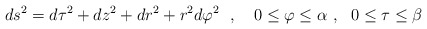
\begin{align*}ds^2=d\tau ^2+dz^2+dr^2+r^2d\varphi ^2~~,~~~0\leq\varphi \leq\alpha~,~~0\leq\tau\leq\beta~~~\end{align*}